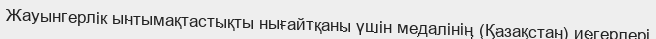
Жауынгерлік ынтымақтастықты нығайтқаны үшін медалінің (Қазақстан) иегерлері